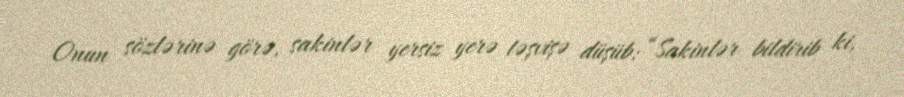
Onun sözlərinə görə, sakinlər yersiz yerə təşvişə düşüb: “Sakinlər bildirib ki,